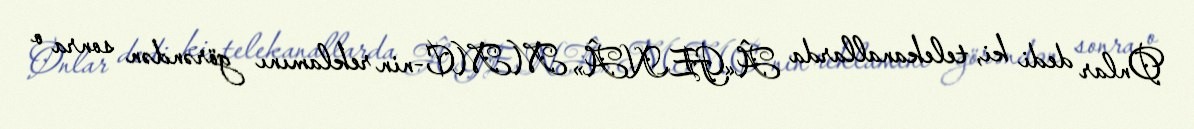
Onlar dedi ki, telekanallarda Â«GENÂ» MMC-nin reklamını görəndən sonra o